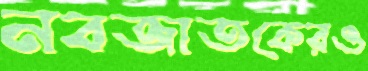
নবজাতকেরও